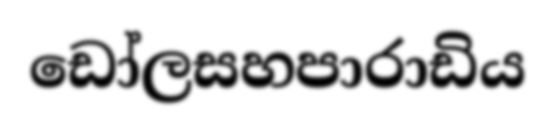
ඩෝලසහපාරාඩිය